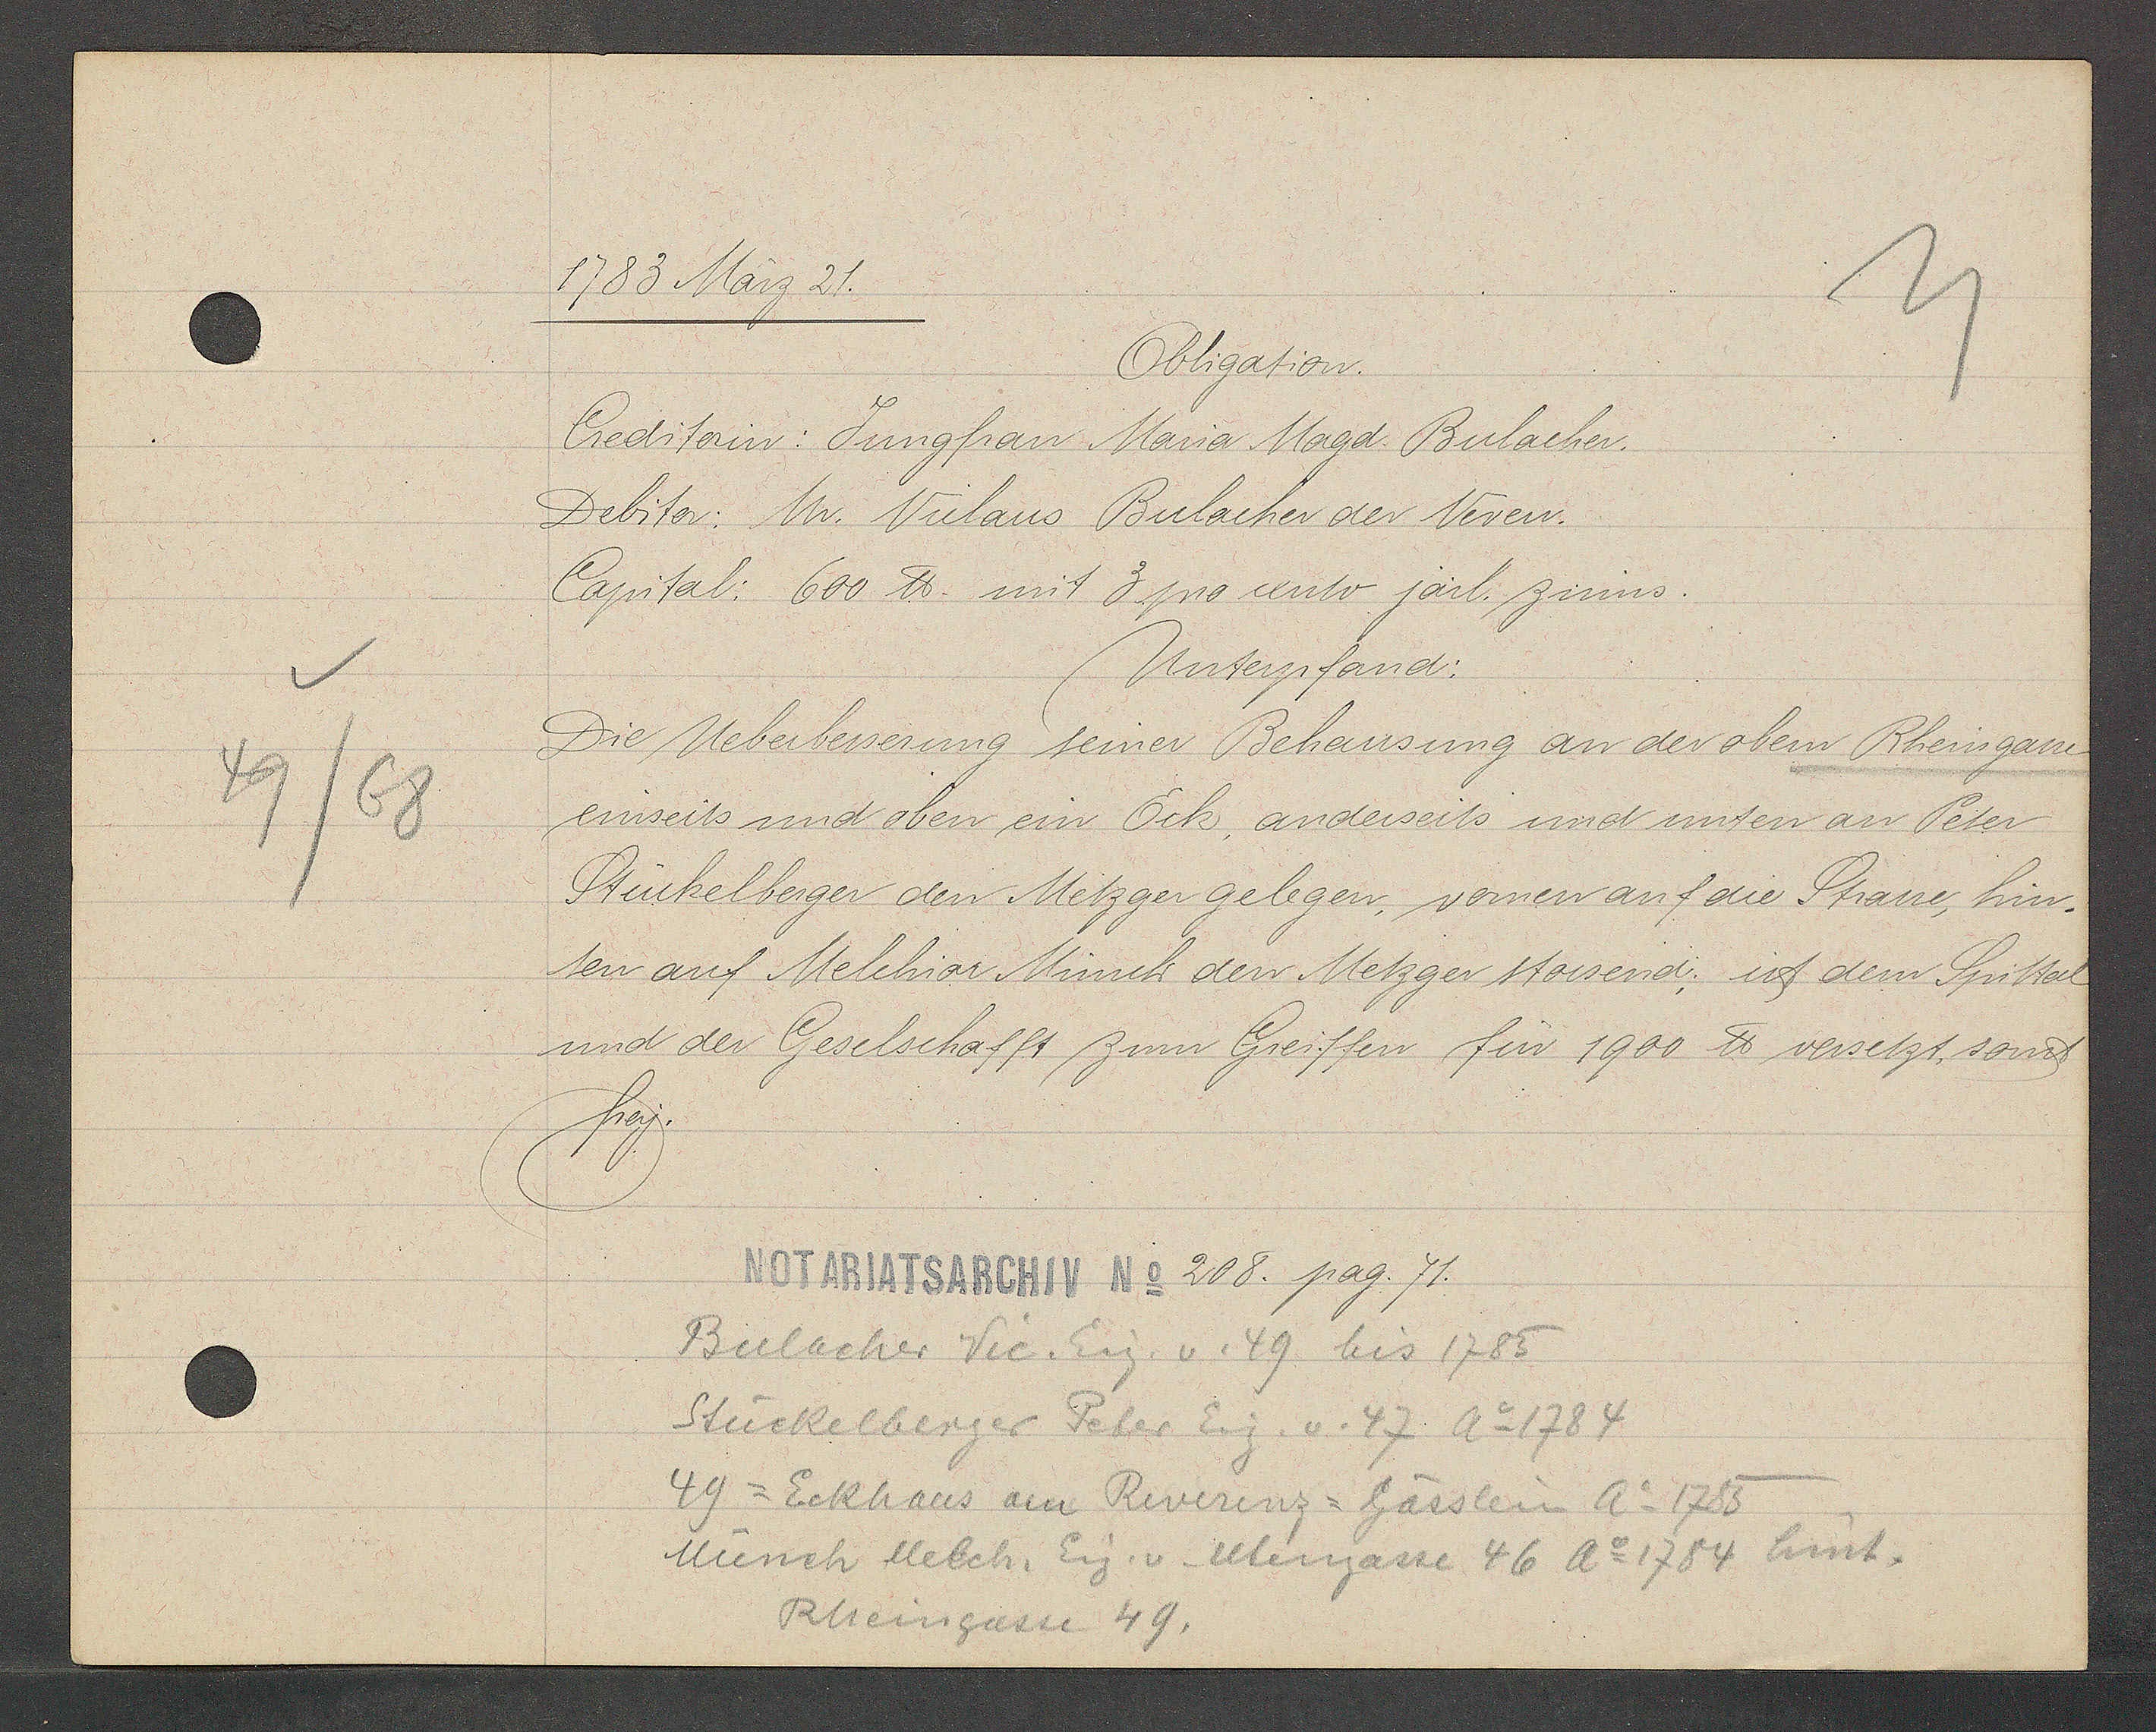
Transcript:
49/68

1783 März 21.

Obligation.
Creditorin: Jungfrau Maria Magd. Bulacher.
Debitor: Mr. Niclaus Bulacher der Neven.
Capital: 600 ℔. mit 3 pro cento järl. zinns.
Unterpfand:
Die Ueberbesserung seiner Behausung an der obem Rheingasse
einseits und oben ein Eck, anderseits und unten an Peter
Stückelberger den Metzger gelegen, vomen auf die Strasse, hin-¬
ten auf Melchior Münch den Metzger stossend; ist dem Spittal
und der Geselschafft zum Greiffen für 1900 ℔ versetzt, sonst
frey.

Notariatsarchiv No 208. pag. 71.

Bulacher Nic. Eig. v. 49 bis 1785
Stückelberger Peter Eig. v. 47 Ao 1784
49 = Eckhaus am Reverenz-Gässlein Ao 1785
Münch Melch. Eig. v. Utengasse 46 Ao 1784 hint.
Rheingasse 49.